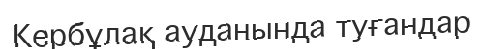
Кербұлақ ауданында туғандар